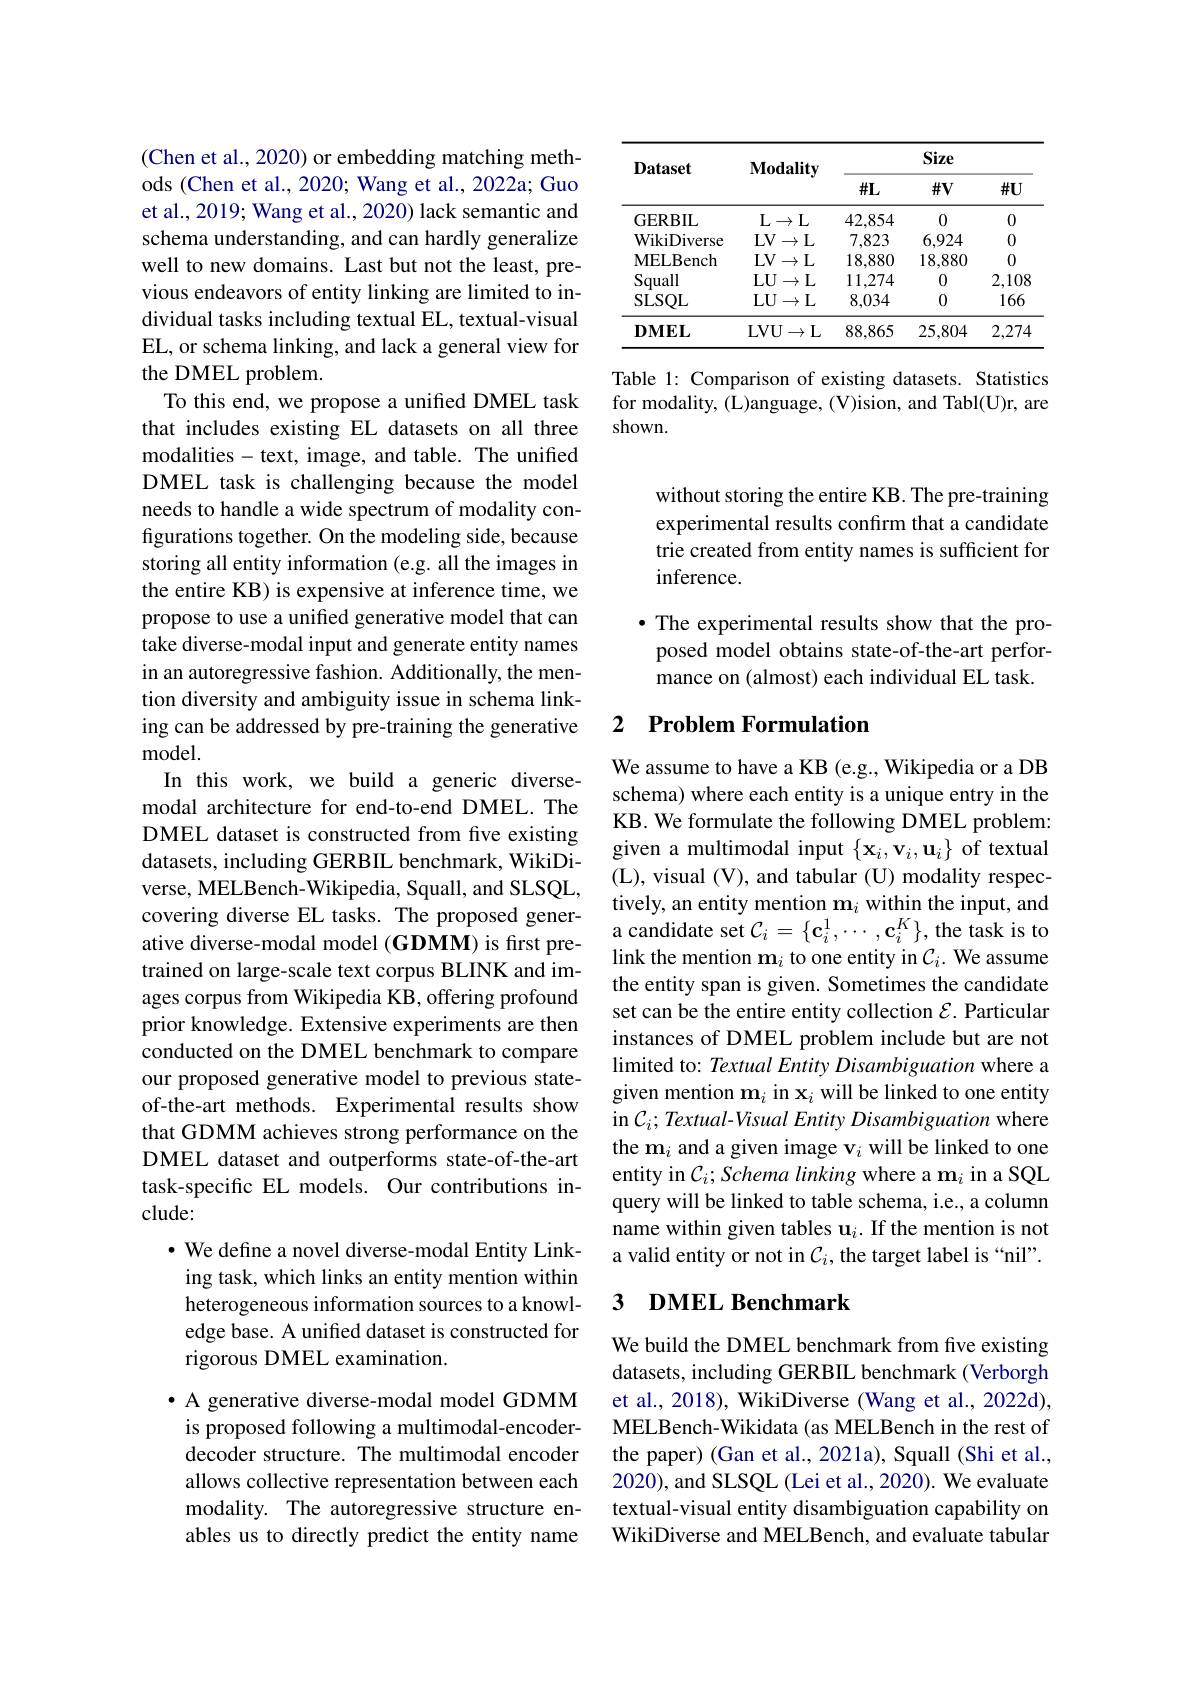
(Chen et al., 2020) or embedding matching methods (Chen et al., 2020; Wang et al., 2022a; Guo et al., 2019; Wang et al., 2020) lack semantic and schema understanding, and can hardly generalize well to new domains. Last but not the least, previous endeavors of entity linking are limited to individual tasks including textual EL, textual-visual EL, or schema linking, and lack a general view for the DMEL problem.
To this end, we propose a unifed DMEL task that includes existing EL datasets on all three modalities- text, image, and table. The unified DMEL task is challenging because the model needs to handle a wide spectrum of modality configurations together. On the modeling side, because storing all entity information (e.g. all the images in the entire KB) is expensive at inference time, we propose to use a unified generative model that can take diverse-modal input and generate entity names in an autoregressive fashion. Additionally, the mention diversity and ambiguity issue in schema linking can be addressed by pre-training the generative model.
In this work, we build a generic diversemodal architecture for end-to-end DMEL. The DMEL dataset is constructed from fve existing datasets, including GERBIL benchmark, WikiDiverse, MELBench-Wikipedia, Squall, and SLSQL, covering diverse EL tasks. The proposed generative diverse-modal model (GDMM) is first pretrained on large-scale text corpus BLINK and images corpus from Wikipedia KB, offering profound prior knowledge. Extensive experiments are then conducted on the DMEL benchmark to compare our proposed generative model to previous stateof-the-art methods. Experimental results show that GDMM achieves strong performance on the DMEL dataset and outperforms state-of-the-art task-specific EL models. Our contributions include:
· We define a novel diverse-modal Entity Linking task, which links an entity mention within heterogeneous information sources to a knowledge base. A unified dataset is constructed for

rigorous DMEL examination.

· A generative diverse-modal model GDMM is proposed following a multimodal-encoderdecoder structure. The multimodal encoder allows collective representation between each modality. The autoregressive structure enables us to directly predict the entity name

<table>
	<tbody>
		<tr>
			<th rowspan="2">Dataset</th>
			<th rowspan="2">$\mathbf{Modality}$</th>
			<th colspan="3">Size</th>
		</tr>
		<tr>
			<th>$\#\mathbf{L}$</th>
			<th>$\#\mathbf{V}$</th>
			<th>$\#U$</th>
		</tr>
		<tr>
			<td>GERBIL</td>
			<td>L $,\rightarrow$ $L$</td>
			<td>42.854</td>
			<td>0</td>
			<td>0</td>
		</tr>
		<tr>
			<td>WikiDiverse</td>
			<td>LV$\to$L</td>
			<td>7,823</td>
			<td>6,924</td>
			<td>0</td>
		</tr>
		<tr>
			<td>MELBench</td>
			<td>$LV$ $^{7}\rightarrow$ L</td>
			<td>18.880</td>
			<td>18,880</td>
			<td>0</td>
		</tr>
		<tr>
			<td>Squall</td>
			<td>$\rightarrow$L $LU$ 1.</td>
			<td>11,274</td>
			<td>0</td>
			<td>2,108</td>
		</tr>
		<tr>
			<td>SLSQL</td>
			<td>LU$\to$L</td>
			<td>8,034</td>
			<td>0</td>
			<td>166</td>
		</tr>
		<tr>
			<td>$\mathbf{DMEL}$</td>
			<td>LVU$\to$L</td>
			<td>88,865</td>
			<td>25,804</td>
			<td>2,274</td>
		</tr>
	</tbody>
</table>

Table 1: Comparison of existing datasets. Statistics for modality, (L)anguage, (V)ision, and Tabl(U)r, are shown.

without storing the entire KB. The pre-training experimental results confirm that a candidate trie created from entity names is sufficient for inference.

· The experimental results show that the proposed model obtains state-of-the-art performance on (almost) each individual EL task.

### 2 Problem Formulation

We assume to have a KB (e.g., Wikipedia or a DB schema) where each entity is a unique entry in the KB. We formulate the following DMEL problem: given a multimodal input $\{\mathbf{x}_i,\mathbf{v}_i,\mathbf{u}_i\}$ of textual (L), visual (V), and tabular (U) modality respectively, an entity mention $\mathbf{m}_i$ within the input, and a candidate set $\mathcal{C}_i=\{\mathbf{c}_i^1,\cdots,\mathbf{c}_i^K\}$, the task is to link the mention $\mathbf{m}_i$ to one entity in $\mathcal{C}_i.$ We assume the entity span is given. Sometimes the candidate set can be the entire entity collection $\mathcal{E}.$ Particular instances of DMEL problem include but are not limited to: Textual Entity Disambiguation where a given mention $\mathbf{m}_i$ in $\mathbf{x}_i$ will be linked to one entity in C$_i; \textit{Textual- Visual Entity Disambiguation where}$ the m$_i$ and a given image v$_i$ will be linked to one entity in $C_i;Schema\textit{linking where a m}_i$ in a SQL query will be linked to table schema, i.e., a column name within given tables u$_i.$ If the mention is not a valid entity or not in $C_i$, the target label is “nil”.

### 3 $\textbf{DMEL Benchmark}$

We build the DMEL benchmark from five existing datasets, including GERBIL benchmark (Verborgh et al., 2018), WikiDiverse (Wang et al., 2022d), MELBench-Wikidata (as MELBench in the rest of the paper) (Gan et al., 2021a), Squall (Shi et al., 2020), and SLSQL (Lei et al., 2020). We evaluate textual-visual entity disambiguation capability on WikiDiverse and MELBench, and evaluate tabular